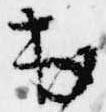
出